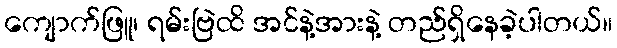
ကျောက်ဖြူ၊ ရမ်းဗြဲထိ အင်နဲ့အားနဲ့ တည်ရှိနေခဲ့ပါတယ်။